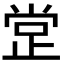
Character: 𣥺